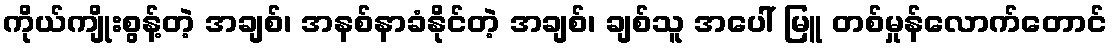
ကိုယ်ကျိုးစွန့်တဲ့ အချစ်၊ အနစ်နာခံနိုင်တဲ့ အချစ်၊ ချစ်သူ အပေါ် မြူ တစ်မှုန်လောက်တောင်